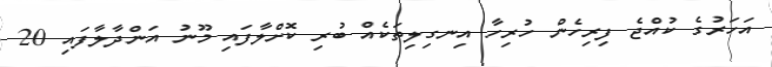
އަހަރުގެ ކުއްޖެ ފިރިހެން ހުރިހާ އިނގިލިތަކެއް ބުރި ކޮށްލާފައި މޫނު އަންދާލާފައި 20